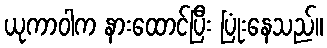
ယုကာဝါက နားထောင်ပြီး ပြုံးနေသည်။